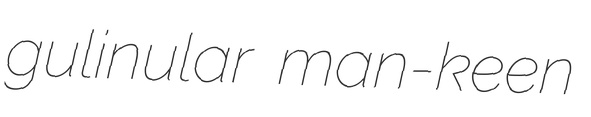
gulinular man-keen